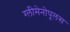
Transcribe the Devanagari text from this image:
ग्लीमेनोपूलस